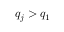
q _ { j } > q _ { 1 }